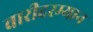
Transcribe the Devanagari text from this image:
वारीदरम्यान